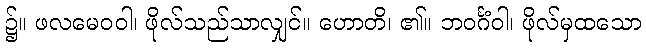
၌။ ဖလမေဝဝါ၊ ဖိုလ်သည်သာလျှင်။ ဟောတိ၊ ၏။ ဘဝင်္ဂံဝါ၊ ဖိုလ်မှထသော